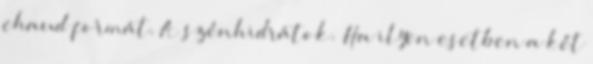
chaud formát. A szénhidrátok. Ha ilyen esetben a két